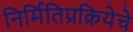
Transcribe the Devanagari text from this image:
निर्मितिप्रक्रियेचे